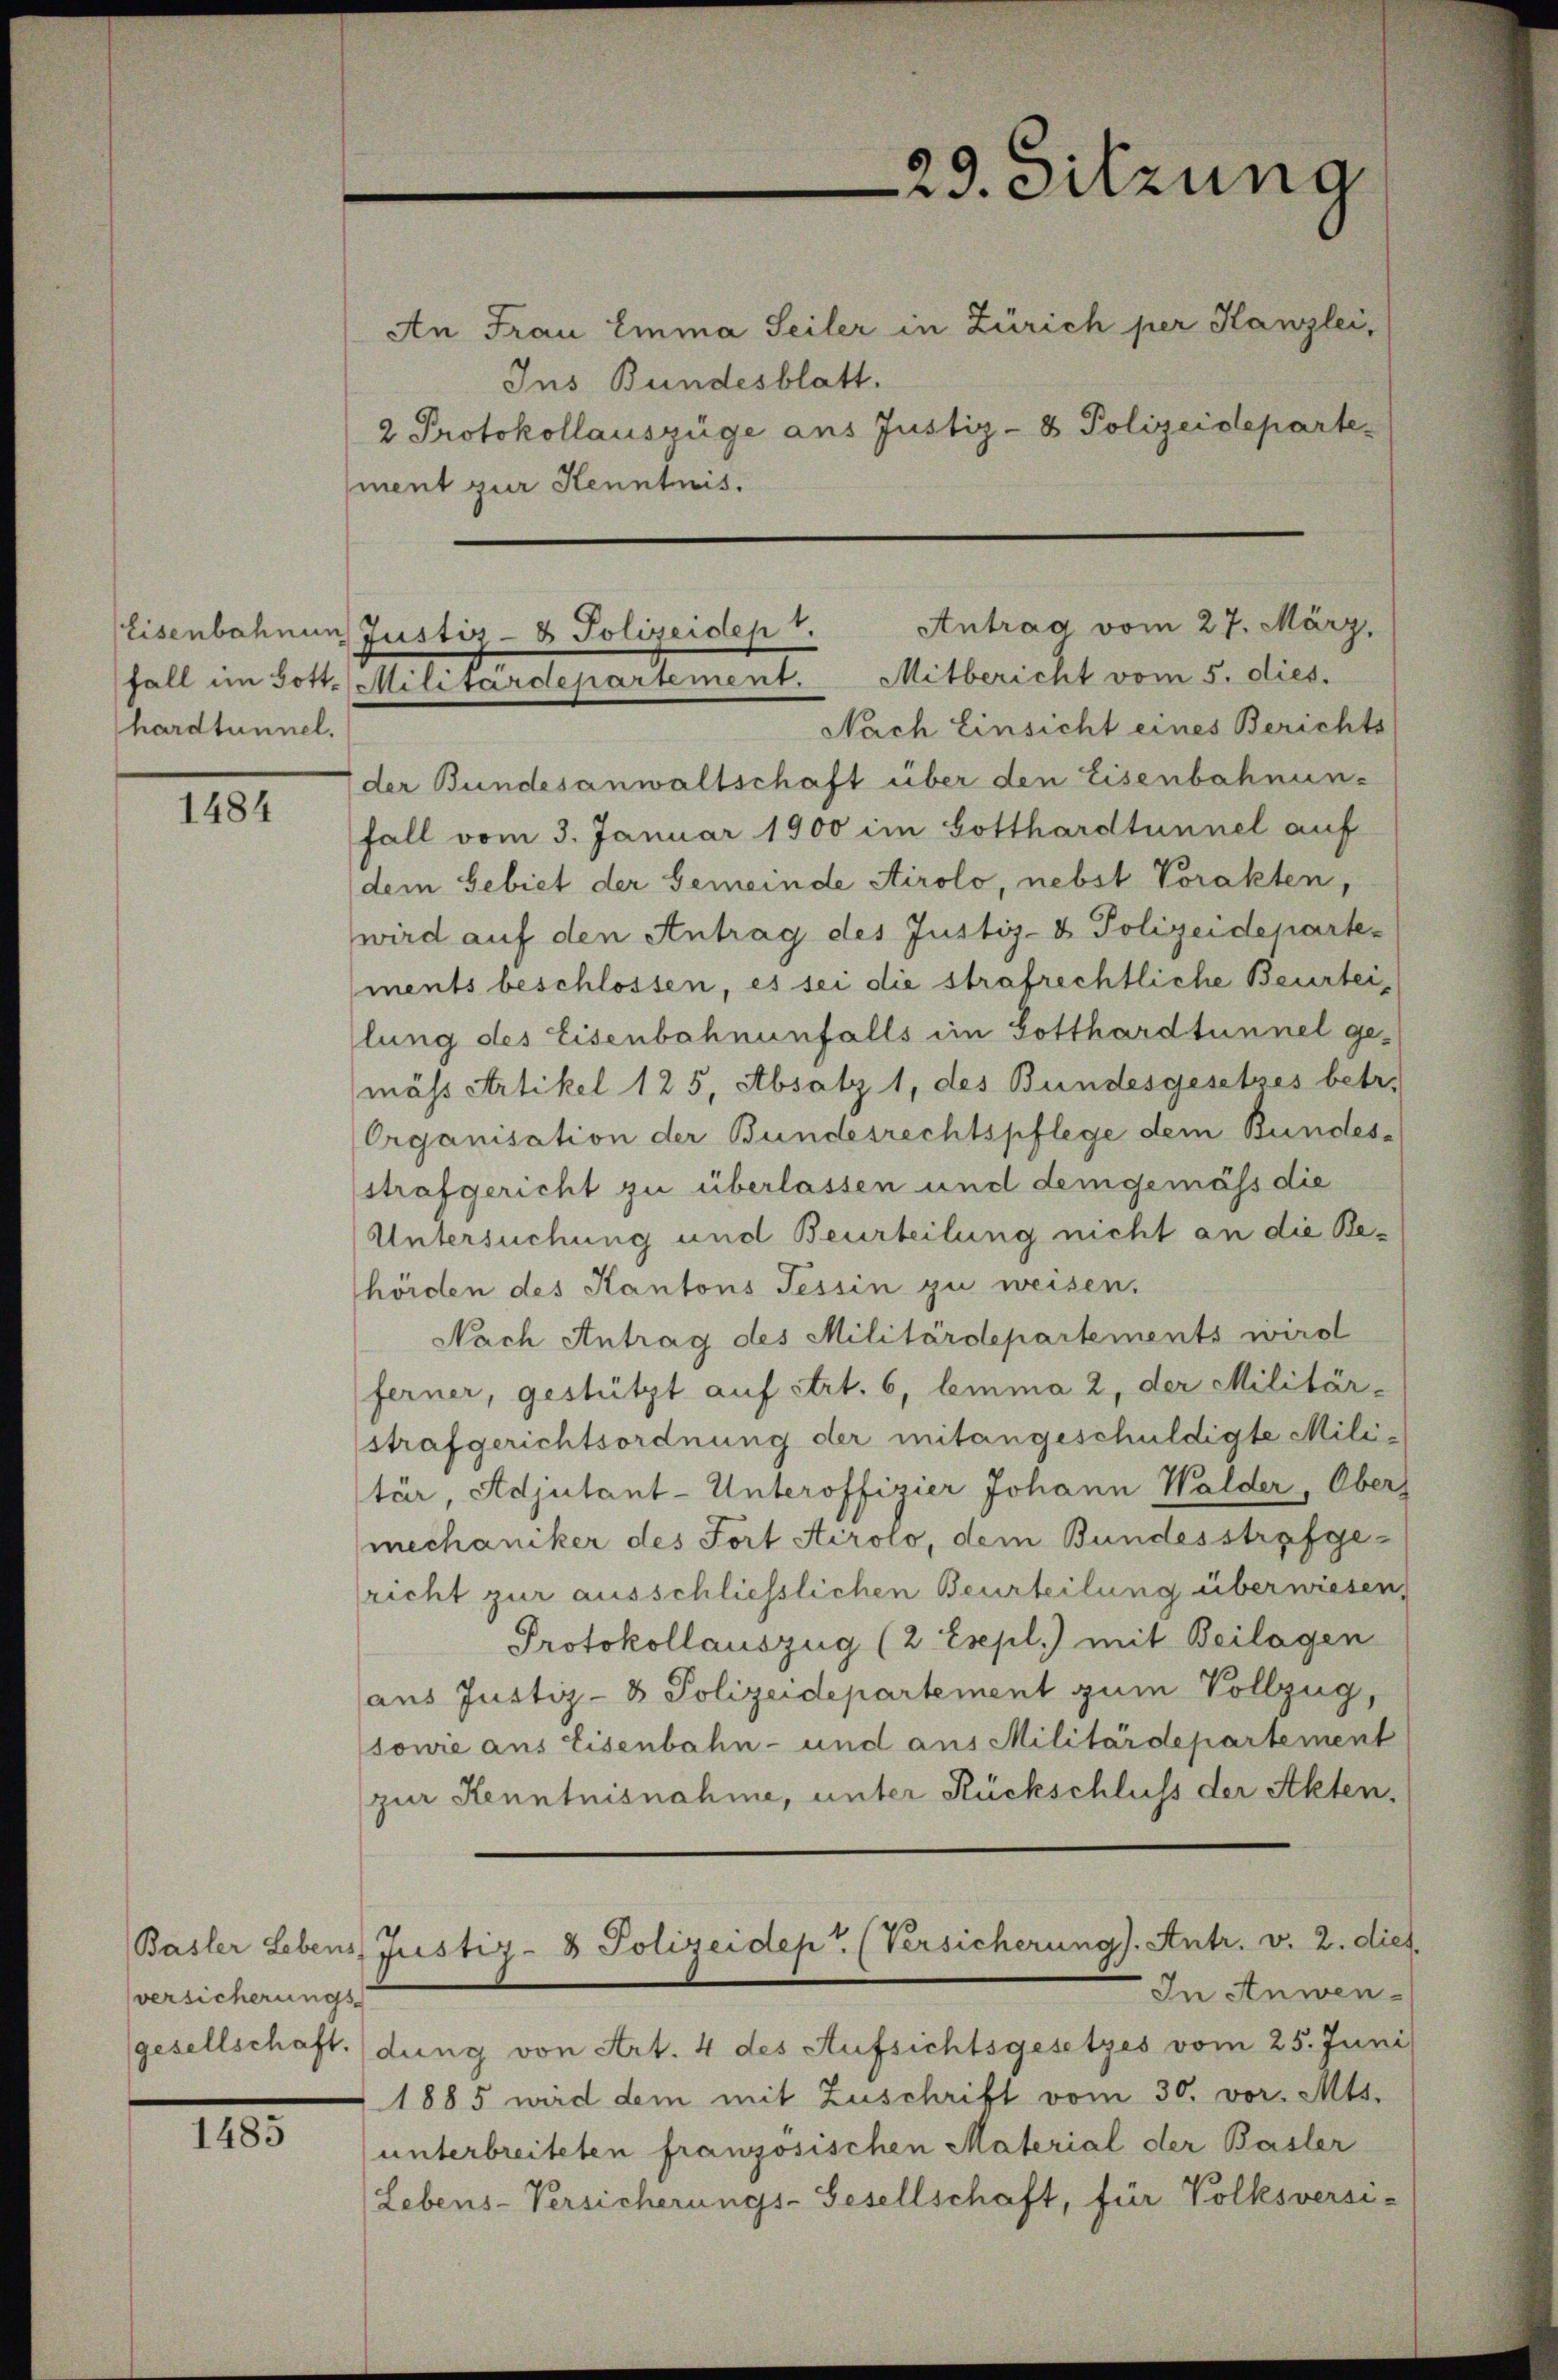
hardtunnel.

1484

Ins Bundesblatt.
2 Protokollauszüge ans Justiz- & Polizeideparte
ment zur Kenntnis.

versicherungs-

11

Nach Einsicht eines Berichts-
der Bundesanwaltschaft über den Eisenbahnunfall vom 3. Januar 1900 im Gotthardtunnel auf
dem Gebiet der Gemeinde Airolo, nebst Vorakten,
wird auf den Antrag des Justiz- & Polizeidepartements beschlossen, es sei die strafrechtliche Beurtei,
lung des Eisenbahnenfalls im Gotthardtunnel gemäss Artikel 125, Absatz 1, des Bundesgesetzes betr.
Organisation der Bundesrechtspflege dem Bundes-
strafgericht zu überlassen und demgemäss die
Untersuchung und Beurteilung nicht an die Behörden des Kantons Tessin zu weisen.
Nach Antrag des Militärdepartements wird
ferner, gestützt auf Art. 6, lemma 2, der Militär-
strafgerichtsordnung der mitangeschuldigte Militär, Adjutant-Unteroffizier Johann Walder, Ober
mechaniker des Fort Airolo, dem Bundesstrafgericht zur ausschliesslichen Beurteilung überwiesen,
Protokollauszug (2 Espl.) mit Beilagen
aus Justiz- & Polizeidepartement zum Vollzug,
sowie aus Eisenbahn- und aus Militärdepartement
zur Kenntnisnahme, unter Rückschluss der Akten,
Basler Lebens Justiz- & Polizeidept. (Versicherung). Antr. v. 2. dies
In Anwen¬
(gesellschaft. (dung von Art. 4 des Aufsichtsgesetzes vom 25. Juni
1885 wird dem mit Zuschrift vom 30. vor. Mts.
unterbreiteten französischen Material der Basler
Lebens-Versicherungs-Gesellschaft, für Volksversi-

29. Sitzung
An Frau Emma Seiler in Zürich per Kanzlei,

Eisenbahnung Justiz- & Polizeidep. Antrag vom 27. März,
fall im Gott. Militärdepartement. Mitbericht vom 5. dies.